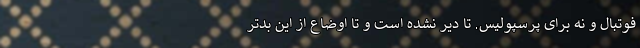
فوتبال و نه برای پرسپولیس. تا دیر نشده است و تا اوضاع از این بدتر